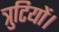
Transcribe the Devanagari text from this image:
त्रुटियों।